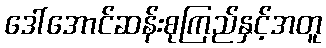
ဒေါ်အောင်ဆန်းစုကြည်နှင့်အတူ